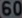
600